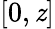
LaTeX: [0,\mathit{z}]